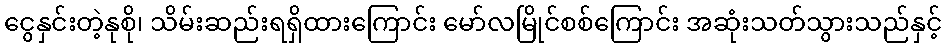
ငွေနှင်းတဲ့နုစို၊ သိမ်းဆည်းရရှိထားကြောင်း မော်လမြိုင်စစ်ကြောင်း အဆုံးသတ်သွားသည်နှင့်